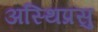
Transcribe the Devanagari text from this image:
अस्थिप्रसु